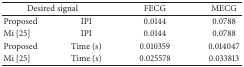
| <COLSPAN=2> Desired signal | FECG | MECG |
 | --- | --- | --- | --- |
 | Proposed | IPI | 0.0144 | 0.0788 |
 | Mi [25] | IPI | 0.0144 | 0.0788 |
 | Proposed | Time (s) | 0.010359 | 0.014047 |
 | Mi [25] | Time (s) | 0.025578 | 0.033813 |